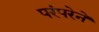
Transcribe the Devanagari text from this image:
परंपरेनें